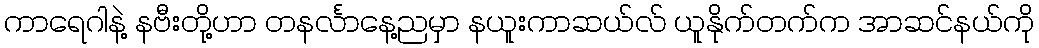
ကာရေဂါနဲ့ နဗီးတို့ဟာ တနင်္လာနေ့ညမှာ နယူးကာဆယ်လ် ယူနိုက်တက်က အာဆင်နယ်ကို